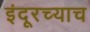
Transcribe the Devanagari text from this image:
इंदूरच्याच